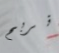
نربح